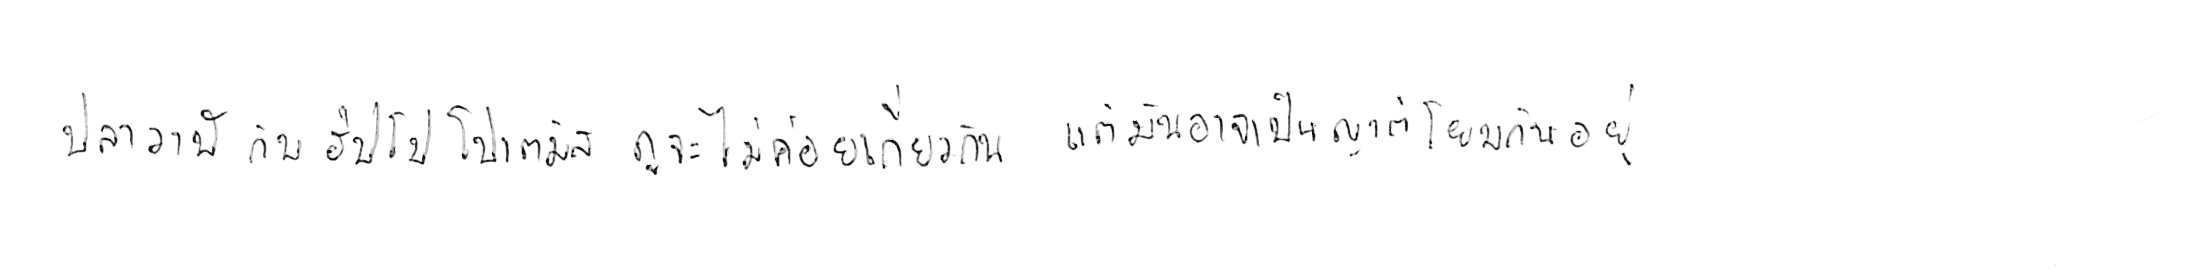
ปลาวาฬ กับ ฮิปโปโปเตมัส ดูจะไม่ค่อยเกี่ยวกัน แต่มันอาจเป็นญาติโยมกันอยู่